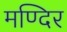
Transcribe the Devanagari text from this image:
मण्दिर